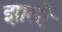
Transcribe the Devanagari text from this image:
झाल्टे